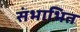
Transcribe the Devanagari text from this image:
संभाभित